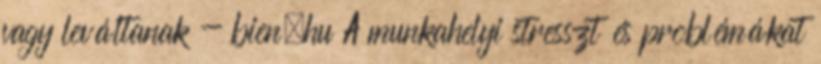
vagy leváltanak - bien.hu A munkahelyi stresszt és problémákat